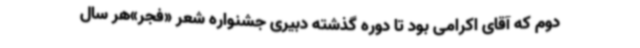
دوم که آقای اکرامی بود تا دوره گذشته دبیری جشنواره شعر «فجر»هر سال